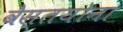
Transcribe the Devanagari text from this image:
वेस्तयोना